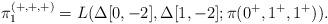
LaTeX: \begin{align*}\pi_1^{(+,+,+)} = L(\Delta[0,-2], \Delta[1,-2]; \pi(0^+,1^+,1^+)).\end{align*}